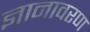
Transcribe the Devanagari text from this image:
ज्ञानावरण